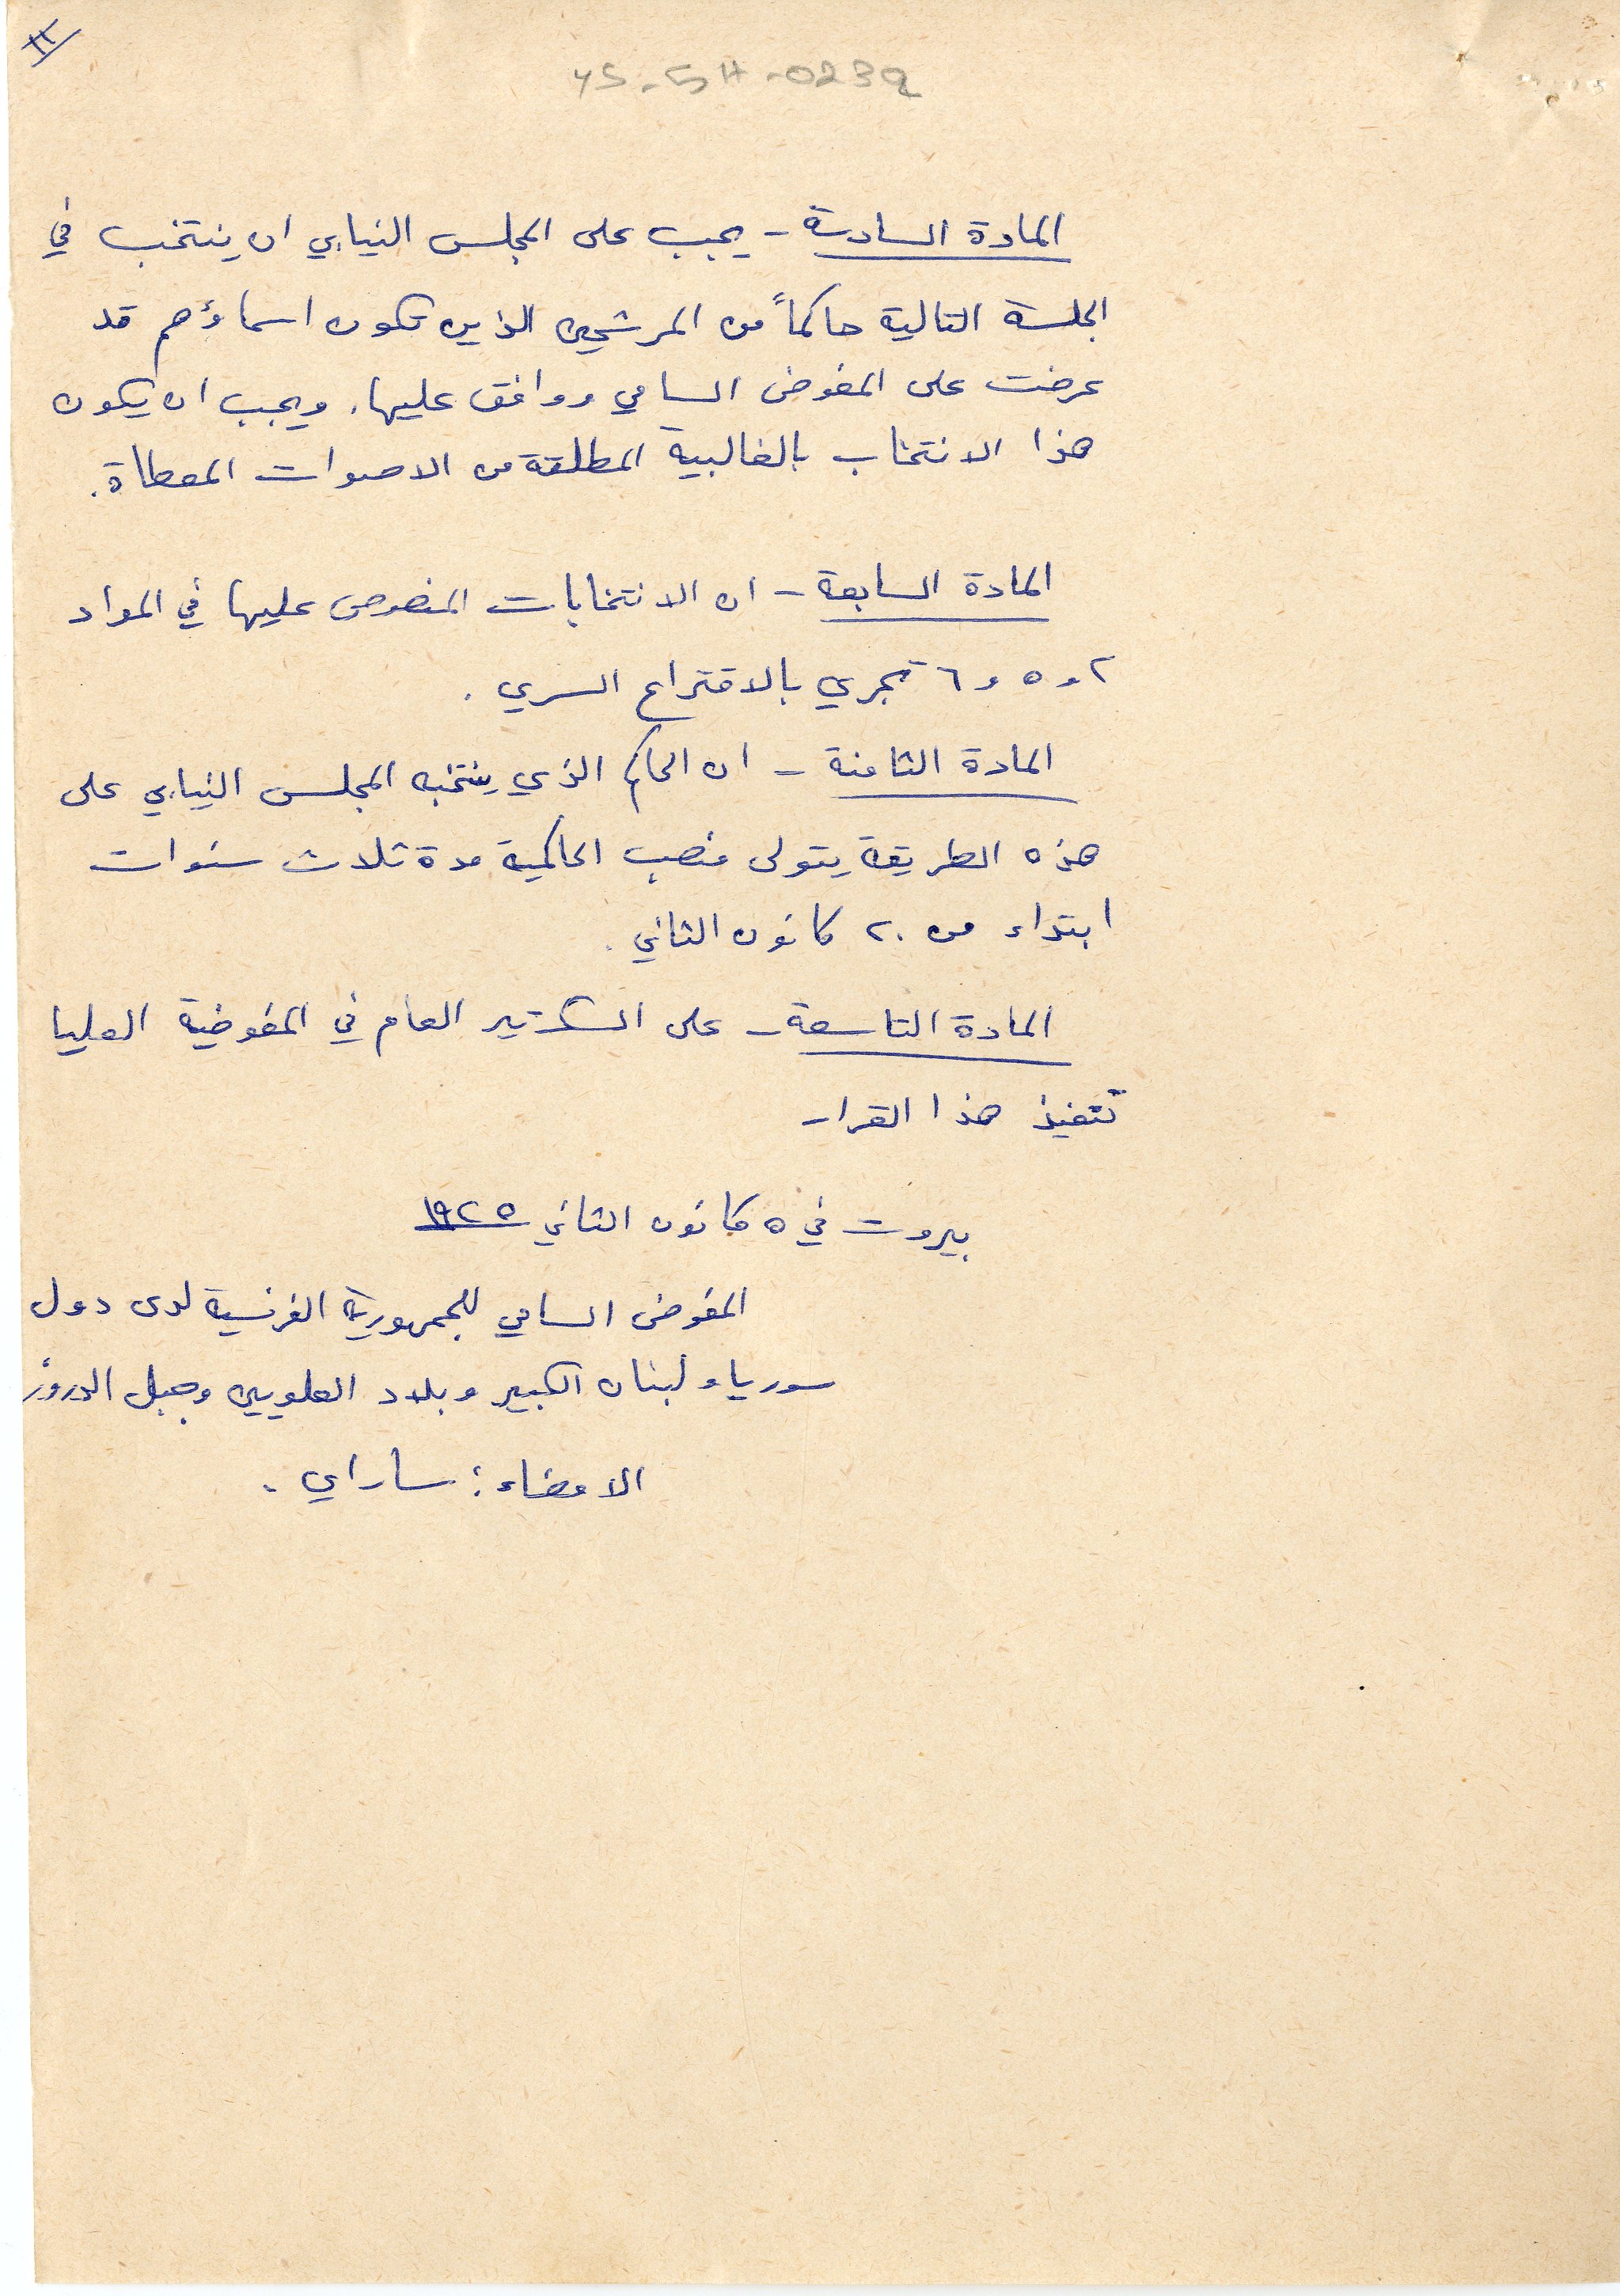
المادة السادسة - يجب على المجلس النيابي ان ينتخب في
الجلسة التالية حاكماً من المرشحين الذين تكون اسماؤهم قد
عرضت على المفوض السامي ووافق عليها. ويجب ان يكون
هذا الانتخاب بالغالبية المطلقة من الاصوات المعطاة.
المادة السابعة - ان الانتخابات المنصوص عليها في المواد
٢ و ٥ و ٦ تجري بالاقتراع السري.
المادة الثامنة - ان الحاكم الذي ينتخبه المجلس النيابي على
هذه الطريقة يتولى منصب الحاكمية مدة ثلاث سنوات
ابتداء من ٢٠ كانون الثاني.
المادة التاسعة - على السكرتير العام في المفوضية العليا
تنفيذ هذا القرار
بيروت في ٥ كانون الثاني ١٩٢٥
المفوض السامي للجمهورية الفرنسية لدى دول
سوريا ولبنان الكبير وبلاد العلويين وجبل الدروز
الامضاء: ساراي.
YS-5H-023a